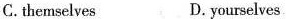
C.themselves D.yourselves